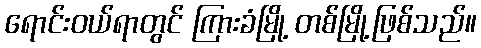
ရောင်းဝယ်ရာတွင် ကြားခံမြို့ တစ်မြို့ဖြစ်သည်။